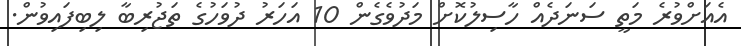
އެއަށްވުރެ މަތީ ސަނަދެއް ހާސިލުކޮށް މަދުވެގެން 10 އަހަރު ދުވަހުގެ ތަޖުރިބާ ލިބިފައިވުން.